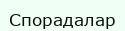
Спорадалар